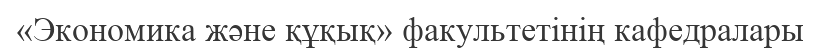
«Экономика және құқық» факультетінің кафедралары